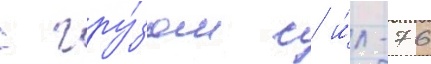
с гру́зом с и́л-76